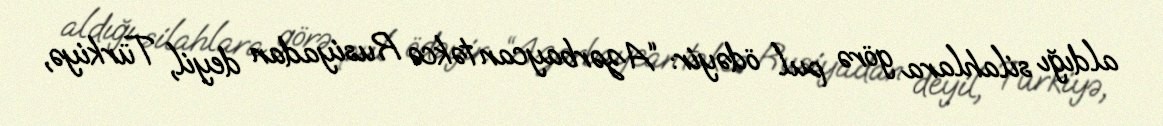
aldığı silahlara görə pul ödəyir: “Azərbaycan təkcə Rusiyadan deyil, Türkiyə,